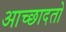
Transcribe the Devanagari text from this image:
आच्छादतो